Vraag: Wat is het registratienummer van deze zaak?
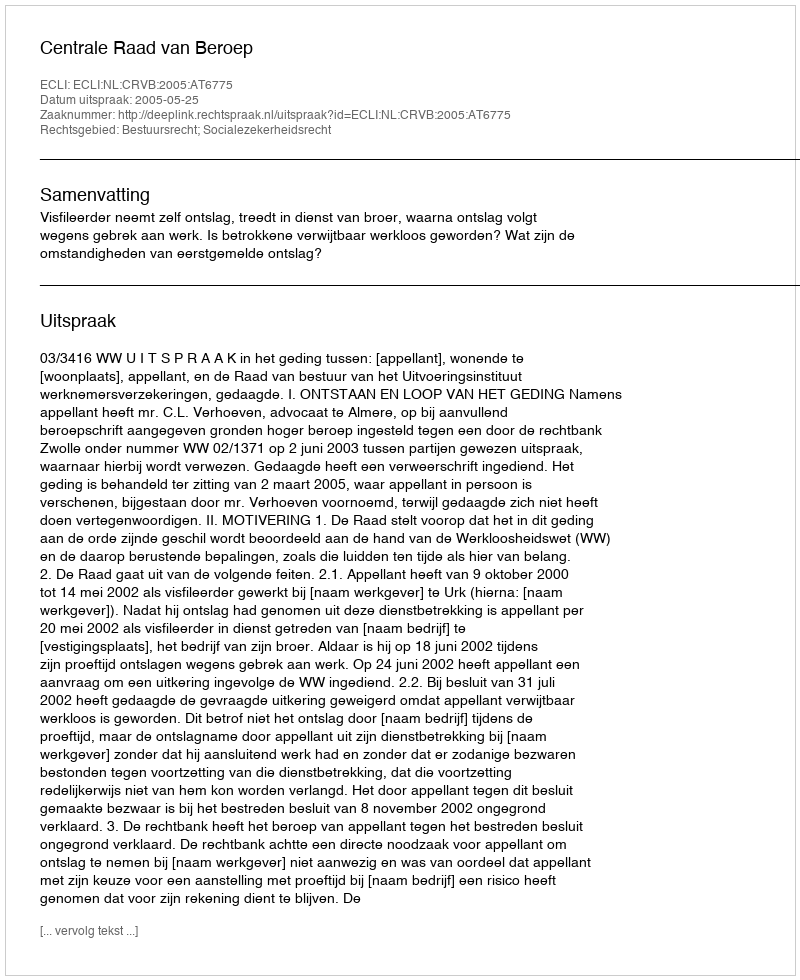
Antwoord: http://deeplink.rechtspraak.nl/uitspraak?id=ECLI:NL:CRVB:2005:AT6775